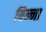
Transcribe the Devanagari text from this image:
बिन्ना